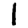
Digit: 1